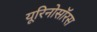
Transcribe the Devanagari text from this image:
यूरिनोसॉरस